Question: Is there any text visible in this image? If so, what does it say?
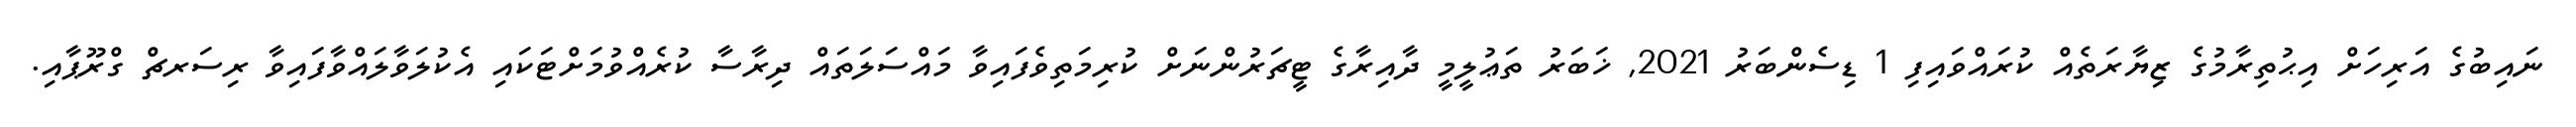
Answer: ނައިބުގެ އަރިހަށް އިޙުތިރާމުގެ ޒިޔާރަތެއް ކުރައްވައިފި 1 ޑިސެންބަރު 2021, ޚަބަރު ތަޢުލީމީ ދާއިރާގެ ޓީޗަރުންނަށް ކުރިމަތިވެފައިވާ މައްސަލަތައް ދިރާސާ ކުރެއްވުމަށްޓަކައި އެކުލަވާލައްވާފައިވާ ރިސަރޗް ގްރޫޕާއި.